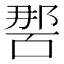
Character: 𭉔